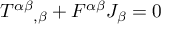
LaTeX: { T ^ { \alpha \beta } } _ { , \beta } + F ^ { \alpha \beta } J _ { \beta } = 0